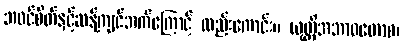
ဘဝင်စိတ်နှင့်ဆန့်ကျင်ဘက်ကြောင့် လည်းကောင်း။ ယုတ္တိအဘာဝတောစ၊